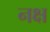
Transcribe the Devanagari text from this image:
नक्ष